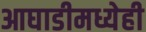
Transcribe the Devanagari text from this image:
आघाडीमध्येही